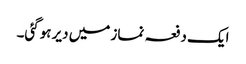
ایک دفعہ نماز میں دیر ہوگئی۔